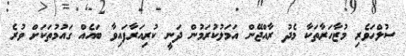
ސުލްހަވެރި މުޒާހަރާތަކާ މެދު ރާއްޖޭން އަމަލުކުރަމުން ދަނީ ކުރިއަރާފައިވާ ބައެއް ގައުމުތަކަށް ވުރެ